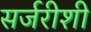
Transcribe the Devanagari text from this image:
सर्जरीशी